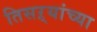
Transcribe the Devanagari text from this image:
तिसऱ्यांच्या